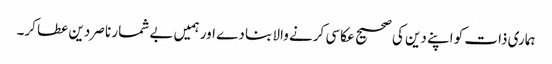
ہماری ذات کو اپنے دین کی صحیح عکاسی کرنے والا بنا دے اور ہمیں بے شمار ناصر دین عطا کر۔